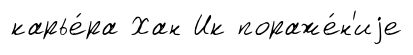
карье́ра Хан Ик пораже́н'иjе